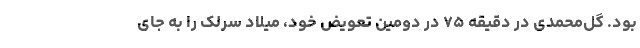
بود. گل‌محمدی در دقیقه ۷۵ در دومین تعویض خود، میلاد سرلک را به جای